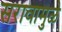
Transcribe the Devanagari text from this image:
सरावामुळे